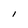
Character: I